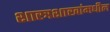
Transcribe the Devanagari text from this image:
शास्त्रशाखांमधील